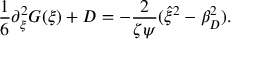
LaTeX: \frac { 1 } { 6 } \partial _ { \xi } ^ { 2 } G ( \xi ) + D = - \frac { 2 } { \zeta \psi } ( \hat { \xi } ^ { 2 } - \beta _ { D } ^ { 2 } ) .